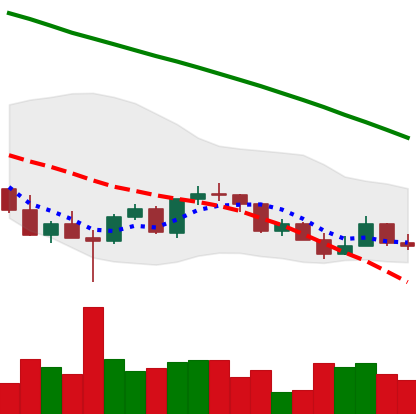
Ticker: LINK-USD
Chart end date: 2022-03-11
Forward return: 12.373%
Label: up_7plus